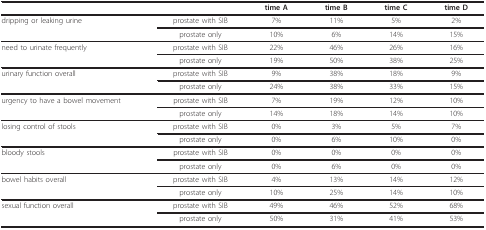
|  |  | time A | time B | time C | time D |
 | --- | --- | --- | --- | --- | --- |
 | dripping or leaking urine | prostate with SIB | 7% | 11% | 5% | 2% |
 |  | prostate only | 10% | 6% | 14% | 15% |
 | need to urinate frequently | prostate with SIB | 22% | 46% | 26% | 16% |
 |  | prostate only | 19% | 50% | 38% | 25% |
 | urinary function overall | prostate with SIB | 9% | 38% | 18% | 9% |
 |  | prostate only | 24% | 38% | 33% | 15% |
 | urgency to have a bowel movement | prostate with SIB | 7% | 19% | 12% | 10% |
 |  | prostate only | 14% | 18% | 14% | 10% |
 | losing control of stools | prostate with SIB | 0% | 3% | 5% | 7% |
 |  | prostate only | 0% | 6% | 10% | 0% |
 | bloody stools | prostate with SIB | 0% | 0% | 0% | 0% |
 |  | prostate only | 0% | 6% | 0% | 0% |
 | bowel habits overall | prostate with SIB | 4% | 13% | 14% | 12% |
 |  | prostate only | 10% | 25% | 14% | 10% |
 | sexual function overall | prostate with SIB | 49% | 46% | 52% | 68% |
 |  | prostate only | 50% | 31% | 41% | 53% |